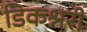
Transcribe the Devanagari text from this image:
डिकश्नरी